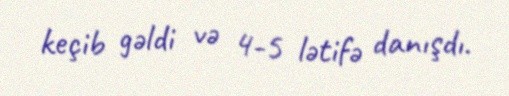
keçib gəldi və 4-5 lətifə danışdı.